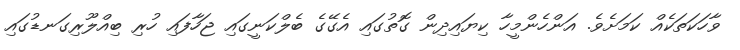
ވާހަކަތަކެއް ކަމަށެވެ. އަންހެންމީހާ ކިޔައިދިން ގޮތުގައި އެގޭގެ ބެލްކަނީގައި ޖަހާފައި ހުރި ބިއްލޫރިގަނޑުގައި